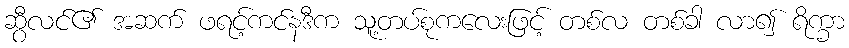
ဆွီလင်၏ အဆက် ဖရင့်ကင်နဒီက သူ့တပ်စုကလေးဖြင့် တစ်လ တစ်ခါ လာ၍ ရိက္ခာ